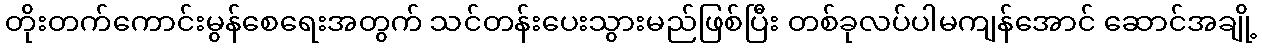
တိုးတက်ကောင်းမွန်စေရေးအတွက် သင်တန်းပေးသွားမည်ဖြစ်ပြီး တစ်ခုလပ်ပါမကျန်အောင် ဆောင်အချို့